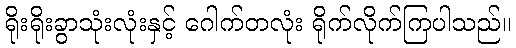
ရိုးရိုးခွာသုံးလုံးနှင့် ဂေါက်တလုံး ရိုက်လိုက်ကြပါသည်။